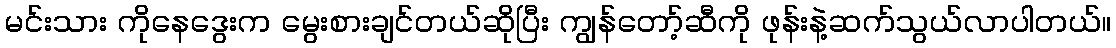
မင်းသား ကိုနေဒွေးက မွေးစားချင်တယ်ဆိုပြီး ကျွန်တော့်ဆီကို ဖုန်းနဲ့ဆက်သွယ်လာပါတယ်။